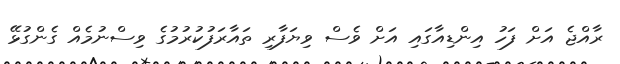
ރާއްޖެ އަށް ފަހު އިންޑިއާގައި އަށް ވެސް ވިޔަފާރި ތައާރަފުކުރުމުގެ ވިސްނުމެއް ގެންގުޅޭ